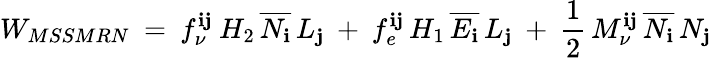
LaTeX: W_{MSSMRN}\: =\: f_{\nu}^{\mathbf{i}\mathbf{j}}\: H_{2}\, \overline{{{{N_{\mathbf{i}}}}}}\, L_{\mathbf{j}}\: +\: f_{e}^{\mathbf{i}\mathbf{j}}\, H_{1}\, \overline{{{{E_{\mathbf{i}}}}}}\, L_{\mathbf{j}}\: +\: \frac{{1}}{{2}}\, M_{\nu}^{\mathbf{i}\mathbf{j}}\, \overline{{{{N_{\mathbf{i}}}}}}\, N_{\mathbf{j}}